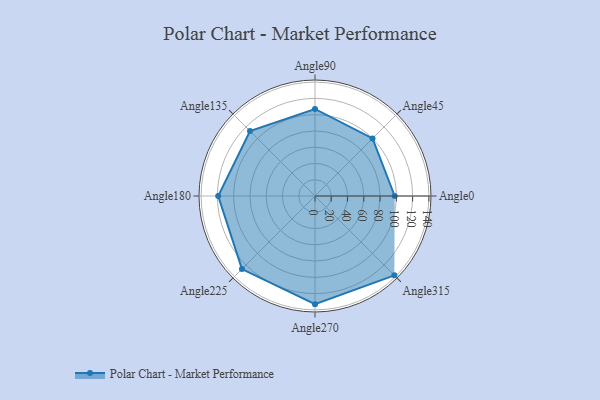
{"axis": {"x": "Angle", "y": "Radius"}, "legend": [""], "data": [{"x": "Angle0", "y": 98.0, "type": ""}, {"x": "Angle45", "y": 100.0, "type": ""}, {"x": "Angle90", "y": 107.0, "type": ""}, {"x": "Angle135", "y": 113.0, "type": ""}, {"x": "Angle180", "y": 119.0, "type": ""}, {"x": "Angle225", "y": 127.0, "type": ""}, {"x": "Angle270", "y": 133.0, "type": ""}, {"x": "Angle315", "y": 138.0, "type": ""}]}